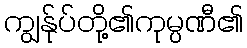
ကျွန်ုပ်တို့၏ကုမ္ပဏီ၏